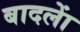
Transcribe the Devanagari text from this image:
बादलाें